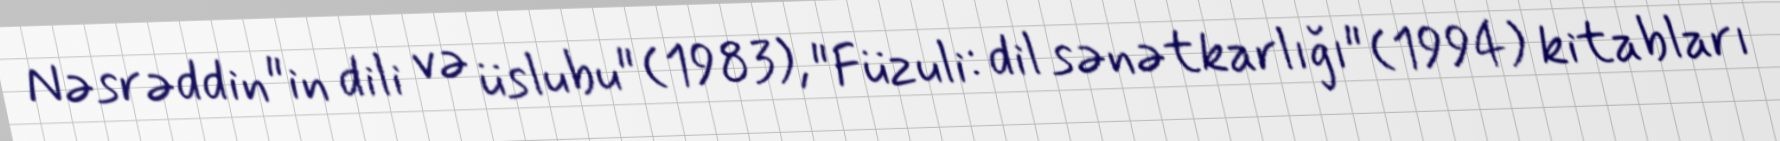
Nəsrəddin"in dili və üslubu" (1983), "Füzuli: dil sənətkarlığı" (1994) kitabları